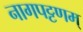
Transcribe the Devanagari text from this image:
नागपट्टणम्